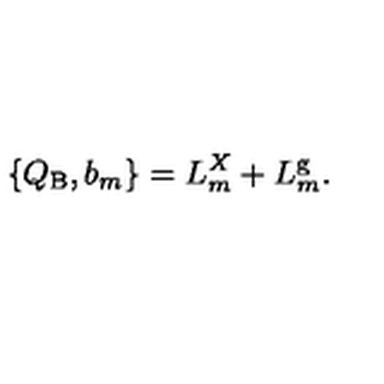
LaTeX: \{ Q _ { \mathrm { B } } , b _ { m } \} = L _ { m } ^ { X } + L _ { m } ^ { \mathrm { g } } .